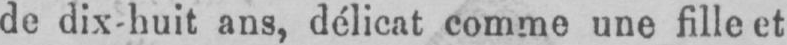
de dix-huit ans, délicat comme une fille et